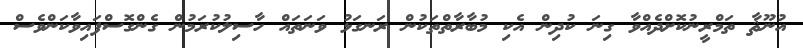
އުނޫޘާ ތަމްރީނުކޮށްދެއްވާ ގިނަ ކުދިން އެކި މުބާރާތްތަކުން ރަނގަޅު ވަނަތައް ހާސިލުކުރަމުން ގެންގޮސްފައިވާކަންވެސް